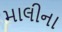
માલીના